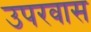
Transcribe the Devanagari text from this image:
उपरवास